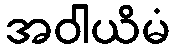
အဝါယိမံ